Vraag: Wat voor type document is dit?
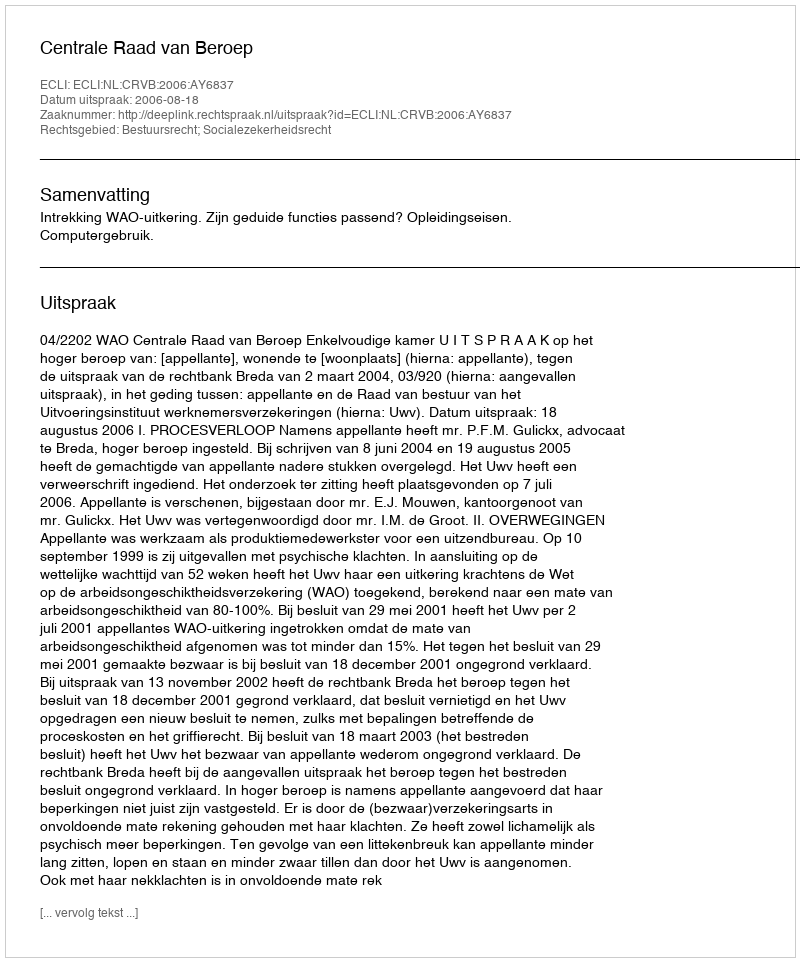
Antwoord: Uitspraak